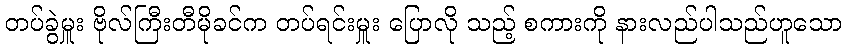
တပ်ခွဲမှူး ဗိုလ်ကြီးတီမိုခင်က တပ်ရင်းမှူး ပြောလို သည့် စကားကို နားလည်ပါသည်ဟူသော